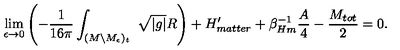
\lim _ { \epsilon \rightarrow 0 } \left( - { \frac { 1 } { 1 6 \pi } } \int _ { ( M \backslash M _ { \epsilon } ) _ { t } } \ \sqrt { | g | } R \right) + H _ { m a t t e r } ^ { \prime } + \beta _ { H m } ^ { - 1 } { \frac { A } { 4 } } - { \frac { M _ { t o t } } { 2 } } = 0 .